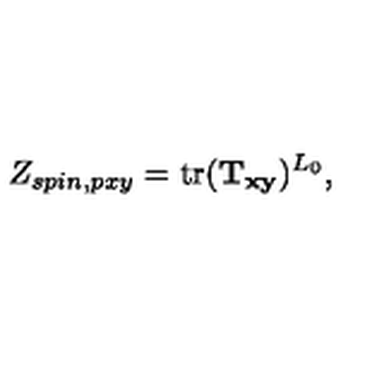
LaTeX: Z _ { s p i n , p x y } = \mathrm { t r } ( { \bf T _ { x y } } ) ^ { L _ { 0 } } ,